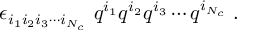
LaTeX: \epsilon _ { i _ { 1 } i _ { 2 } i _ { 3 } \cdots i _ { N _ { c } } } \ q ^ { i _ { 1 } } q ^ { i _ { 2 } } q ^ { i _ { 3 } } \cdots q ^ { i _ { N _ { c } } } \ .